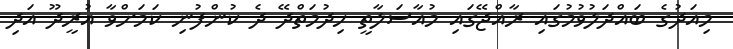
މިއަދުގެ ބައްދަލުވުމުގައި ރާއްޖޭގައި މުއާސަލާތީ ހިދުމަތްދޭ ދެ ކުންފުނި ކަމަށްވާ އުރީދޫ އަދި